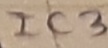
Text: IC3